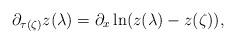
LaTeX: \begin{align*}\partial _{\tau (\zeta )}z(\lambda )=\partial _{x}\ln (z(\lambda )-z(\zeta)), \end{align*}